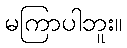
မကြာပါဘူး။